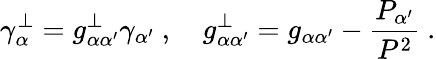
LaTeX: \gamma_{\alpha}^{\perp}=g_{\alpha\alpha^{\prime}}^{\perp}\gamma_{\alpha^{\prime}}\ ,\quad g_{\alpha\alpha^{\prime}}^{\perp}=g_{\alpha\alpha^{\prime}}-\frac{P_{\alpha^{\prime}}}{P^{2}}\ .